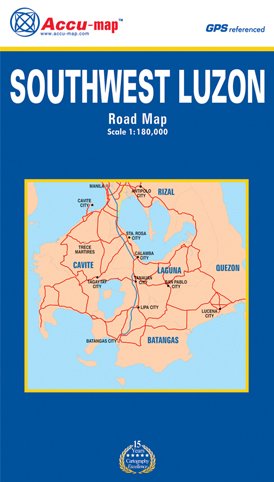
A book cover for South West Luzon; Accu-map.com; Travel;